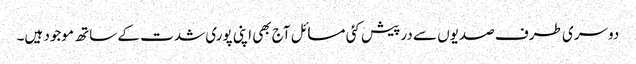
دوسری طرف صدیوں سے درپیش کئی مسائل آج بھی اپنی پوری شدت کے ساتھ موجود ہیں۔